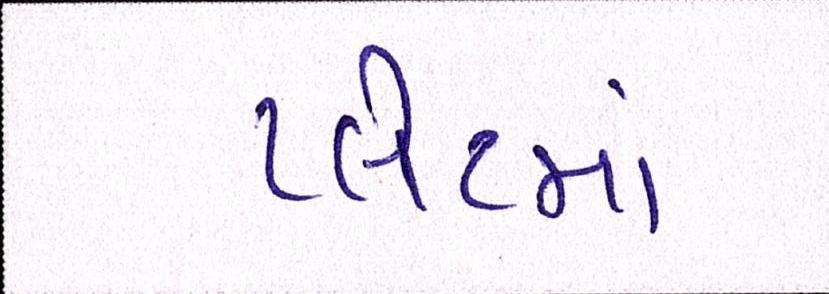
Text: પ્લેટમાં